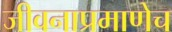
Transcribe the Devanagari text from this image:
जीवनाप्रमाणेच